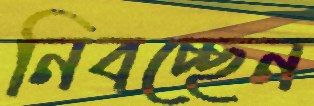
নিবচ্ছেন